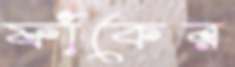
ফাঁকের